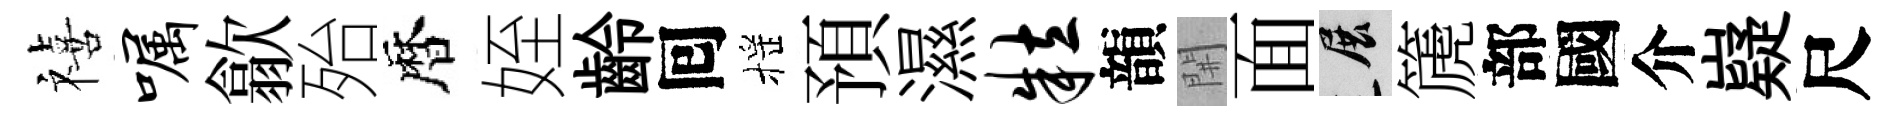
禧嘱歙殆暦姪齡囘摇預濕粒韻𨳩面展篪部國介嶷尺